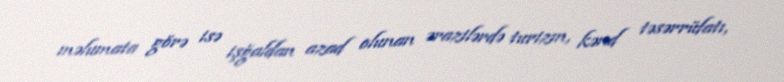
məlumata görə isə işğaldan azad olunan ərazilərdə turizm, kənd təsərrüfatı,